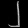
Digit: ၂